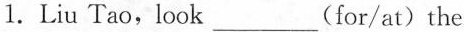
1.Liu Tao,look ___ (for/at)the